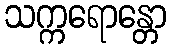
သက္ကရောန္တော